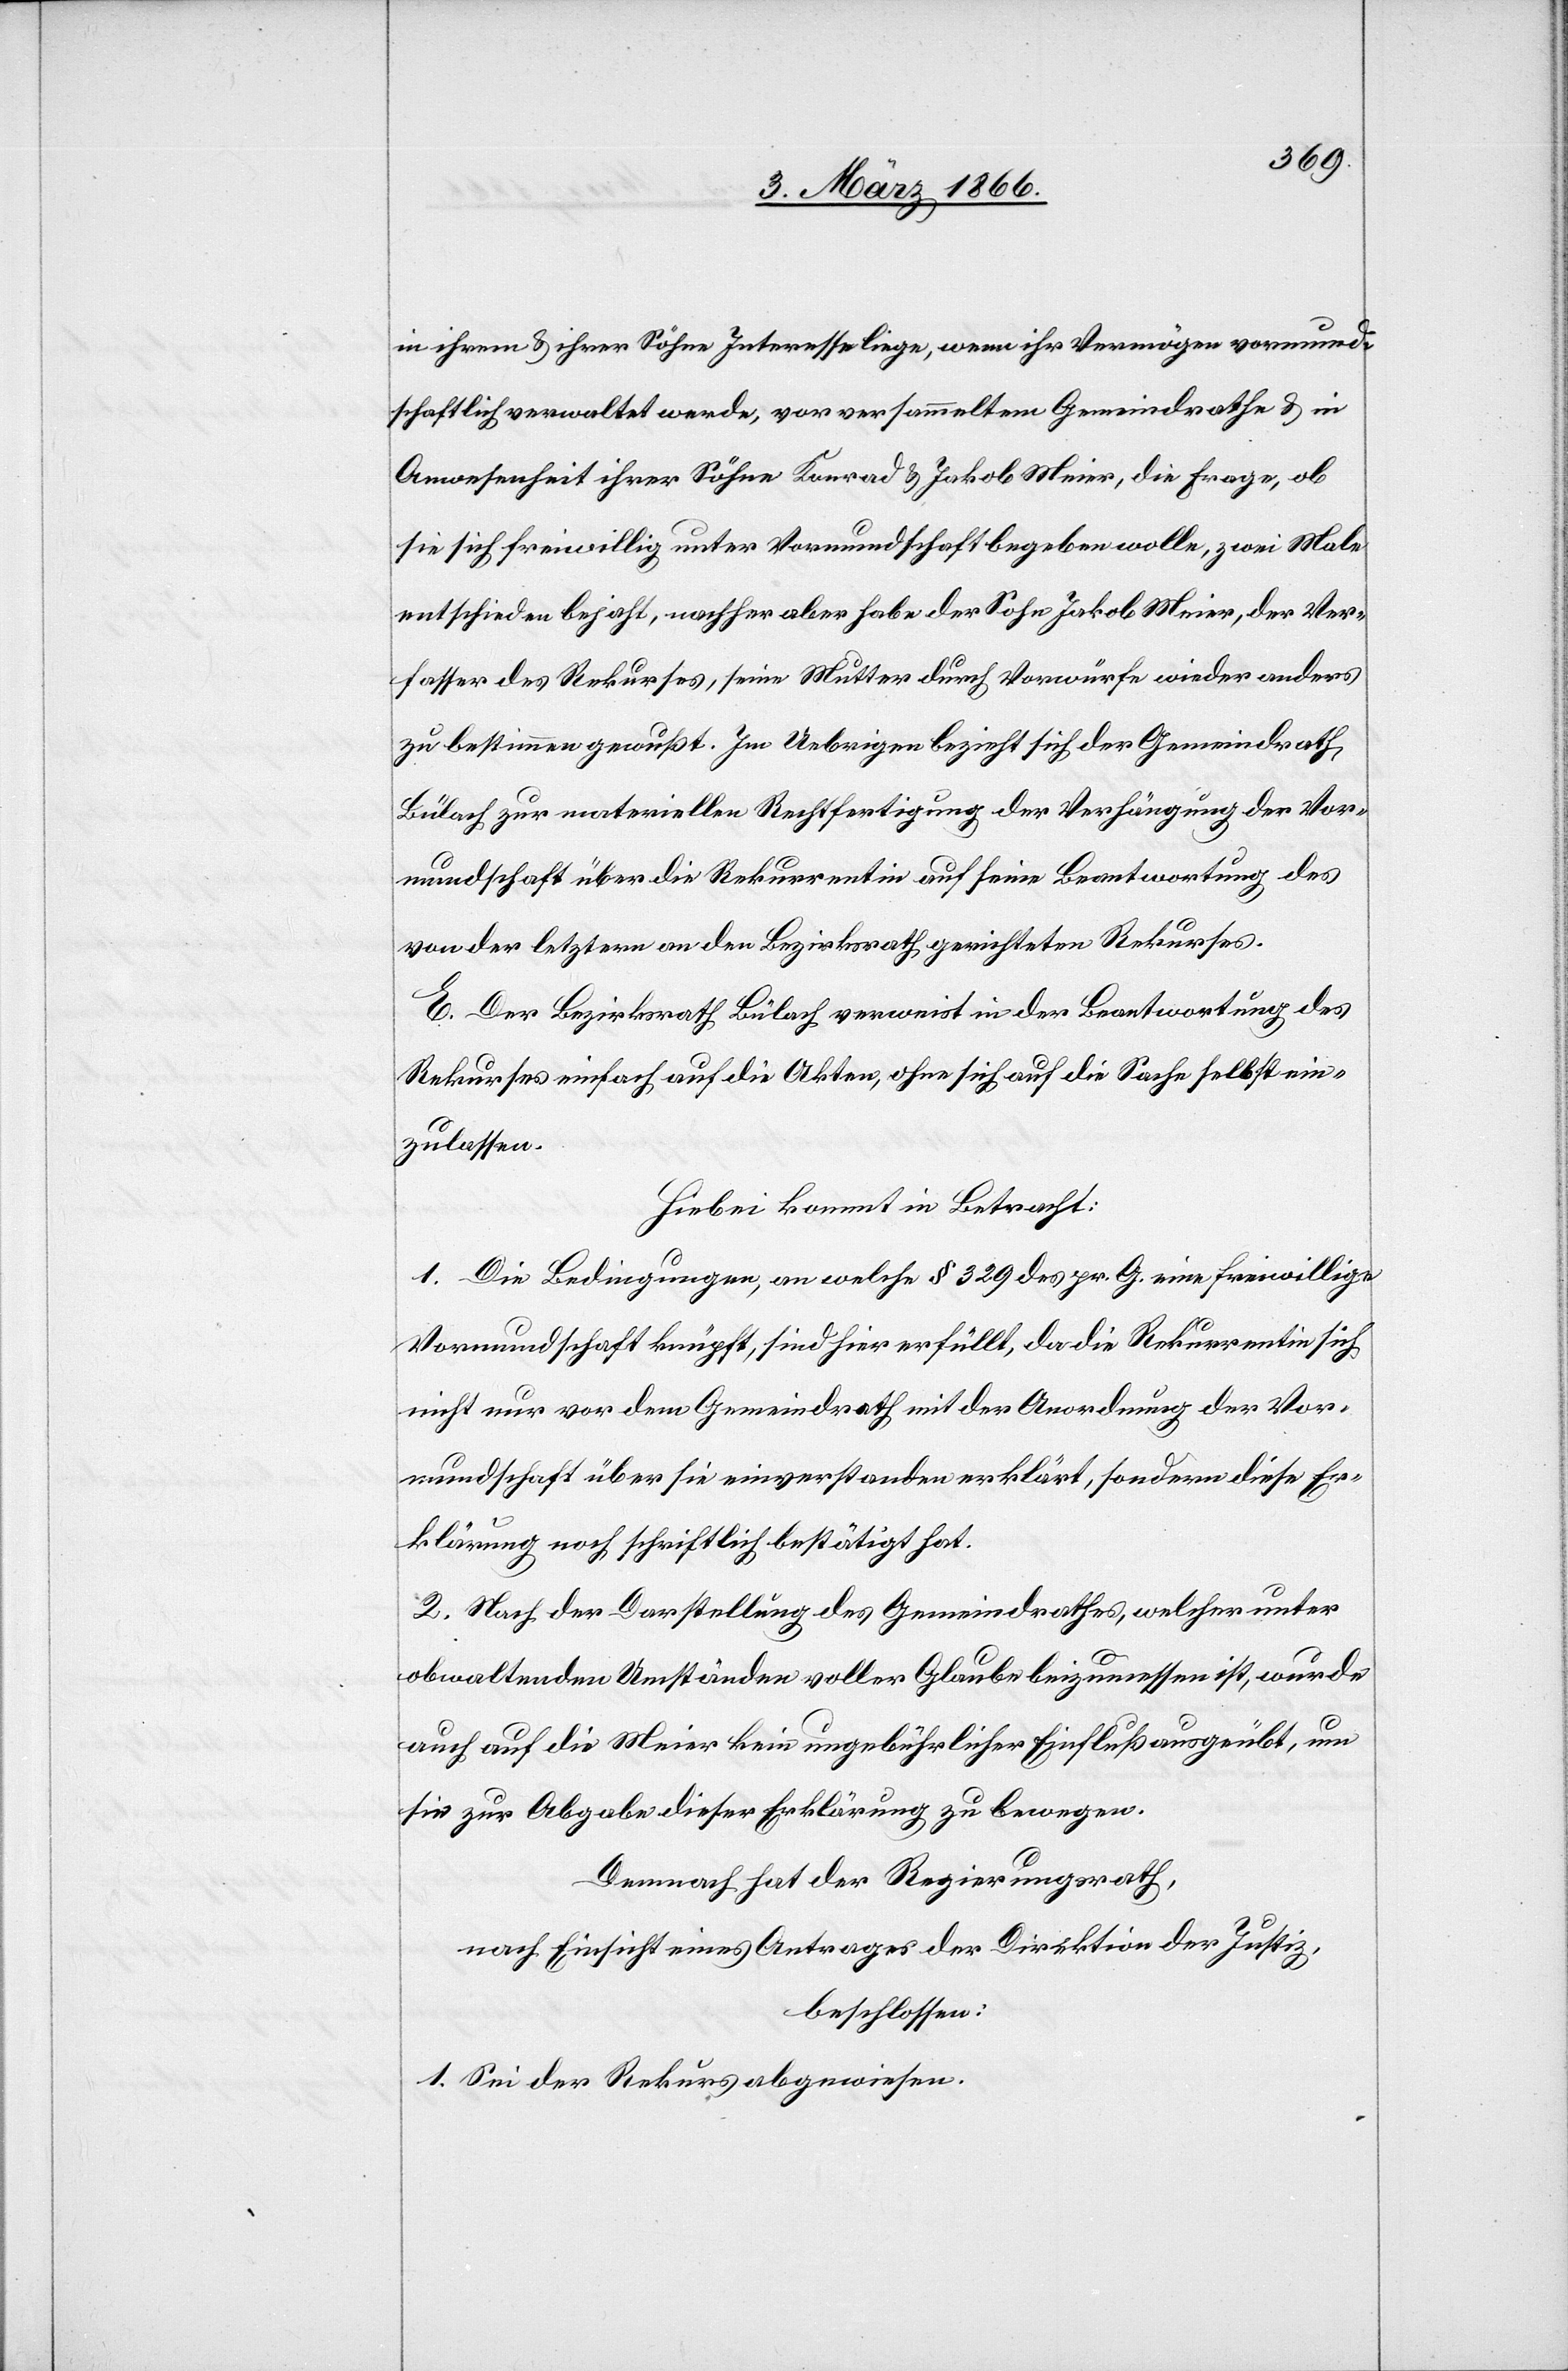
in ihrem u. ihrer Söhne Interesse liege, wenn ihr Vermögen vormund¬
schaftlich verwaltet werde, vor versammeltem Gemeindrathe u. in
Anwesenheit ihrer Söhne Konrad u. Jakob Meier, die Frage, ob
sie sich freiwillig unter Vormundschaft begeben wolle, zwei Male
entschieden bejaht, nachher aber habe der Sohn Jakob Meier, der Ver¬
fasser des Rekurses, seine Mutter durch Vorwürfe wieder anders
zu bestimmen gewußt. Im Uebrigen bezieht sich der Gemeindrath
Bülach zur materiellen Rechtfertigung der Verhängung der Vor¬
mundschaft über die Rekurrentin auf seine Beantwortung des
von der letztern an den Bezirksrathe gerichteten Rekurses.
E. Der Bezirksrath Bülach verweist in der Beantwortung des
Rekurses einfach auf die Akten, ohne sich auf die Sache selbst ein¬
zulassen.
Hiebei kommt in Betracht:
1. Die Bedingungen, an welche § 329 des pr. G. eine freiwillige
Vormundschaft knüpft, sind hier erfüllt, da die Rekurrentin sich
nicht nur vor dem Gemeindrathe mit der Anordnung der Vor¬
mundschaft über sie einverstanden erklärt, sondern diese Er¬
klärung noch schriftlich bestätigt hat.
2. Nach der Darstellung des Gemeindrathes, welcher unter
obwaltenden Umständen voller Glaube beizumessen ist, wurde
auch auf die Meier kein ungebührlicher Einfluß ausgeübt, um
sie zur Abgabe dieser Erklärung zu bewegen.
Demnach hat der Regierungsrath,
nach Einsicht eines Antrages der Direktion der Justiz,
beschlossen:
1. Sei der Rekurs abgewiesen.